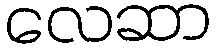
လေဆာ